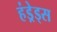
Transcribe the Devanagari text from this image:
हंड्रेड्स